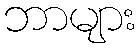
ဘာများ